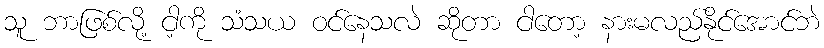
သူ ဘာဖြစ်လို့ ငါ့ကို သံသယ ဝင်နေသလဲ ဆိုတာ ငါတော့ နားမလည်နိုင်အောင်ဘဲ